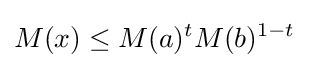
M(x)\leq M(a)^{t}M(b)^{1-t}